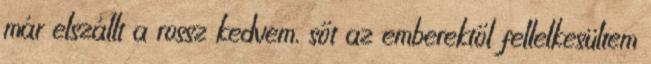
már elszállt a rossz kedvem, sőt az emberektől fellelkesültem